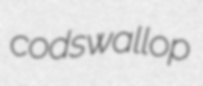
codswallop